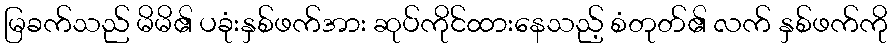
မြခက်သည် မိမိ၏ ပခုံးနှစ်ဖက်အား ဆုပ်ကိုင်ထားနေသည့် စံတုတ်၏ လက် နှစ်ဖက်ကို